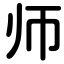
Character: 师